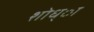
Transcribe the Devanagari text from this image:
शोध्ा